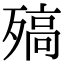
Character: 𣩅